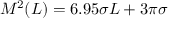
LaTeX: M ^ { 2 } ( L ) = 6 . 9 5 \sigma L + 3 \pi \sigma